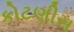
કોટણીસ